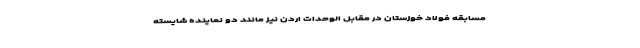
مسابقه فولاد خوزستان در مقابل الوحدات اردن نیز مانند دو نماینده شایسته